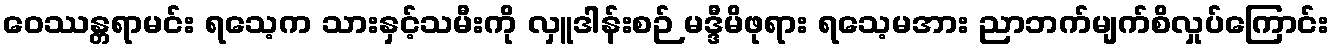
ဝေဿန္တရာမင်း ရသေ့က သားနှင့်သမီးကို လှူဒါန်းစဉ် မဒ္ဒီမိဖုရား ရသေ့မအား ညာဘက်မျက်စိလှုပ်ကြောင်း